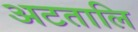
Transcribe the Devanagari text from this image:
अटतालि